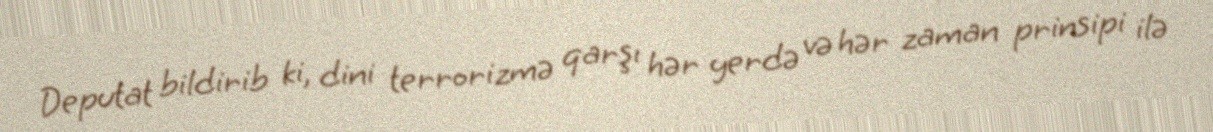
Deputat bildirib ki, dini terrorizmə qarşı hər yerdə və hər zaman prinsipi ilə